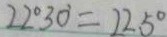
2 2 ^ { \circ } 3 0 ^ { \circ } = 2 2 . 5 ^ { \circ }